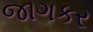
જાગકર